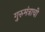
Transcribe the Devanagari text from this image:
गुरुमंत्राची